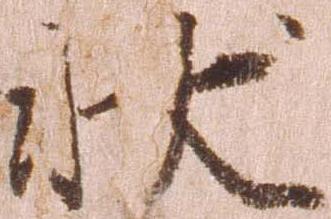
状